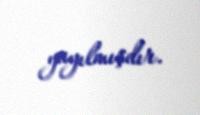
yayılmışdır.